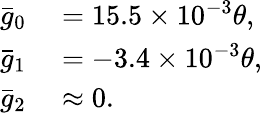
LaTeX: \begin{array}{rl}{{\bar{g}}_{0}}&{{}=15.5\times 10^{-3}\theta,}\\ {{\bar{g}}_{1}}&{{}=-3.4\times 10^{-3}\theta,}\\ {{\bar{g}}_{2}}&{{}\approx 0.}\end{array}